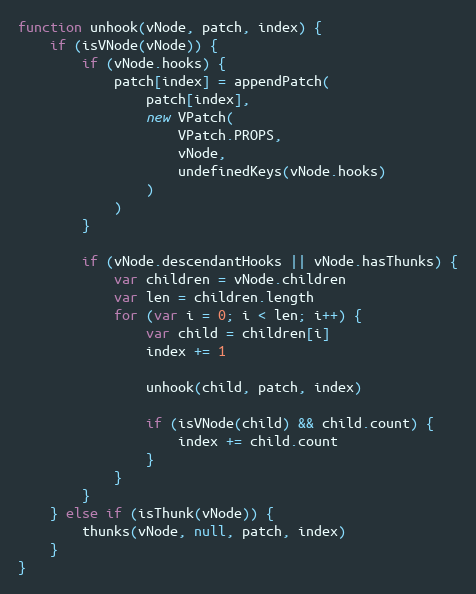
Language: JavaScript
function unhook(vNode, patch, index) {
    if (isVNode(vNode)) {
        if (vNode.hooks) {
            patch[index] = appendPatch(
                patch[index],
                new VPatch(
                    VPatch.PROPS,
                    vNode,
                    undefinedKeys(vNode.hooks)
                )
            )
        }

        if (vNode.descendantHooks || vNode.hasThunks) {
            var children = vNode.children
            var len = children.length
            for (var i = 0; i < len; i++) {
                var child = children[i]
                index += 1

                unhook(child, patch, index)

                if (isVNode(child) && child.count) {
                    index += child.count
                }
            }
        }
    } else if (isThunk(vNode)) {
        thunks(vNode, null, patch, index)
    }
}